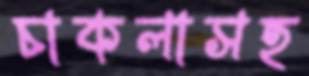
চাকলাসহ